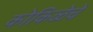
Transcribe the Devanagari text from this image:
कोकिळेचे